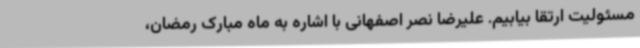
مسئولیت ارتقا بیابیم. علیرضا نصر اصفهانی با اشاره به ماه مبارک رمضان،